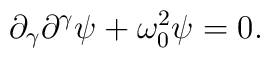
\partial_{\gamma}\partial^{\gamma} \psi + \omega_{0}^{2} \psi = 0.